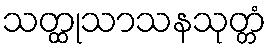
သတ္ထုသာသနသုတ္တံ